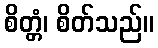
စိတ္တံ၊ စိတ်သည်။